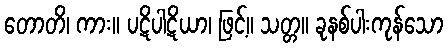
တောတိ၊ ကား။ ပဋိပါဋိယာ၊ ဖြင့်။ သတ္တ။ ခုနစ်ပါးကုန်သော